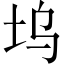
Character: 坞